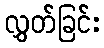
လွှတ်ခြင်း